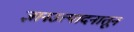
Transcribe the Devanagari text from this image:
ज्ञानउत्पादनातून